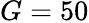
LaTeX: G=50